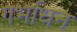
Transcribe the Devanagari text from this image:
गर्भाधन